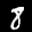
Label: 8